65_HS1-834228961_62-HQ-83894_Section_10
Agency: FBI
Page 84
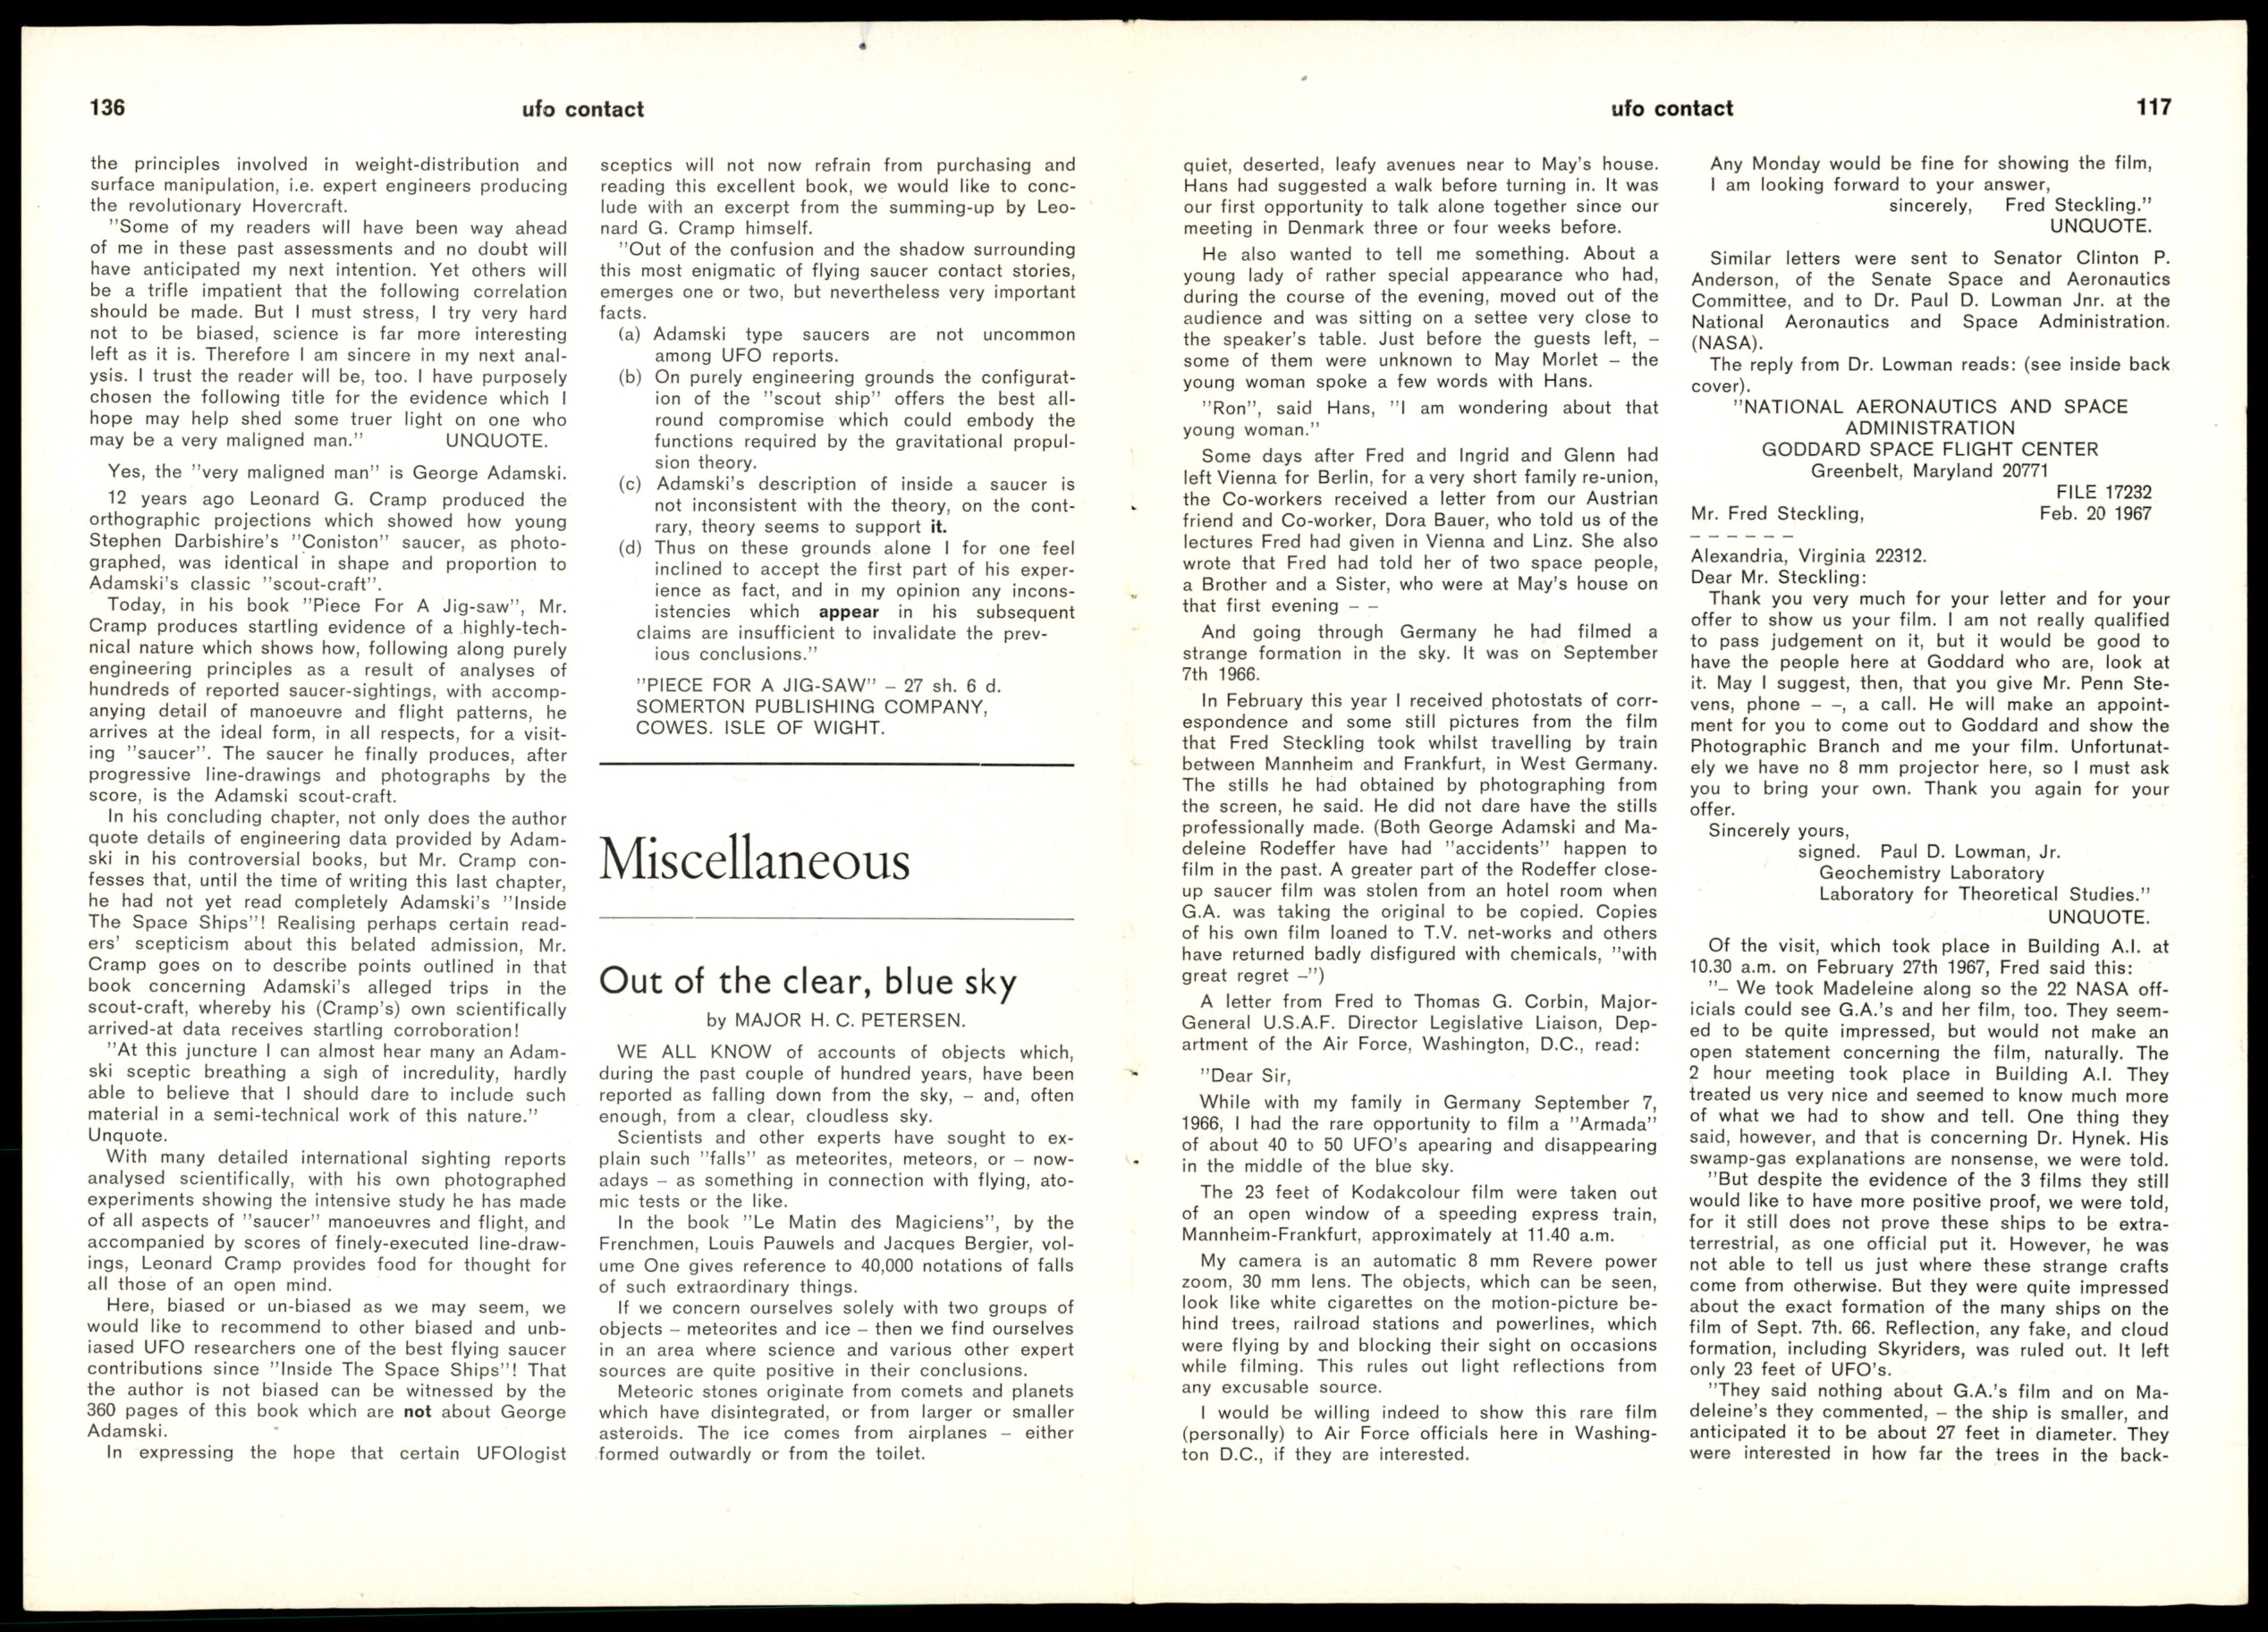